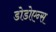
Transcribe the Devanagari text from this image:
डोडोएन्स